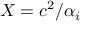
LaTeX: X = c ^ { 2 } / \alpha _ { i }